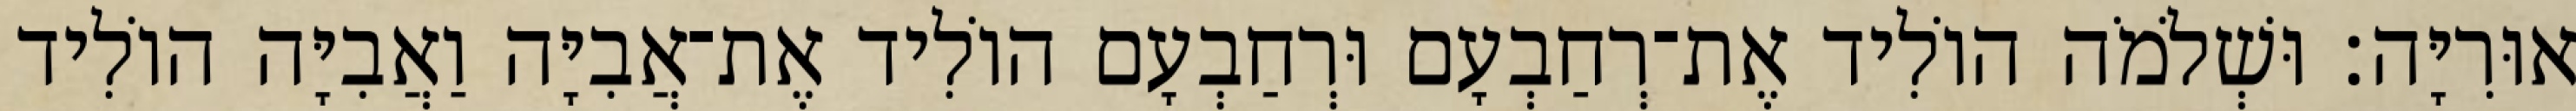
אוּרִיָּה׃ וּשְׁלֹמֹה הוֹלִיד אֶת־רְחַבְעָם וּרְחַבְעָם הוֹלִיד אֶת־אֲבִיָּה וַאֲבִיָּה הוֹלִיד